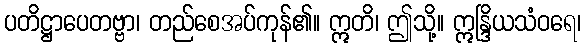
ပတိဋ္ဌာပေတဗ္ဗာ၊ တည်စေအပ်ကုန်၏။ ဣတိ၊ ဤသို့။ ဣန္ဒြိယသံဝရေ၊